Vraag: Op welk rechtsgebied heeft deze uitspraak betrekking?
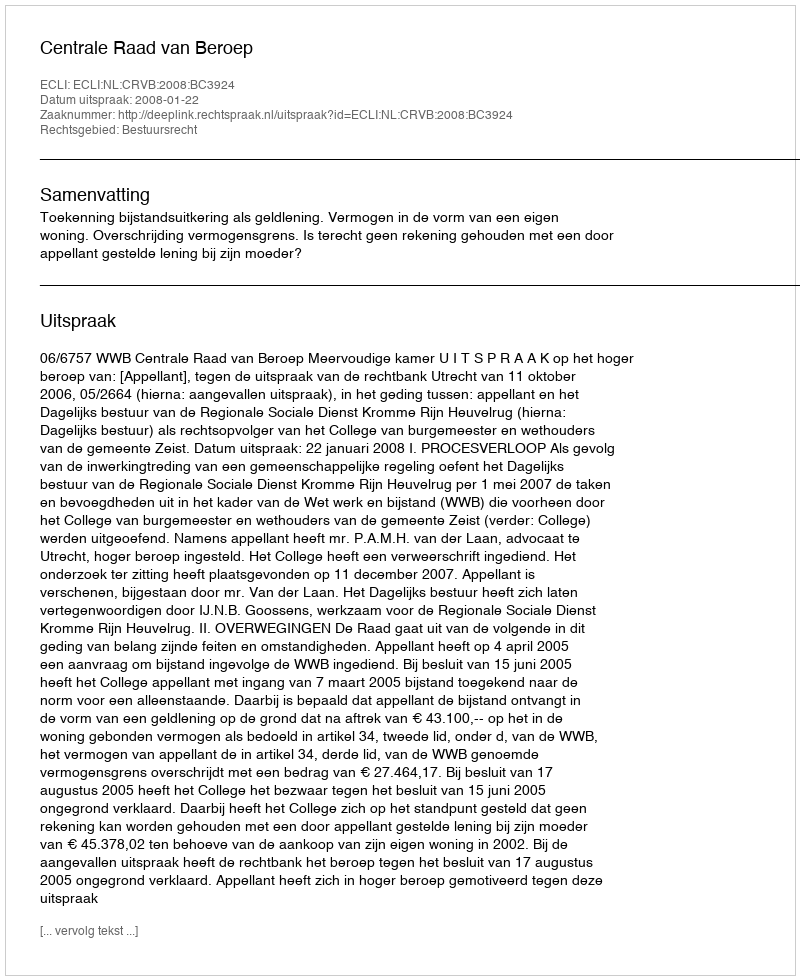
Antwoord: Bestuursrecht